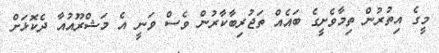
މީގެ އިތުރުން ތިމާވެށީގެ ބައެއް ތަޖުރިބާކާރުން ވެސް ވަނީ އެ މަޝްރޫއުއާ ދެކޮޅަށް